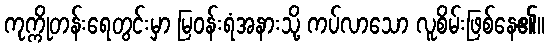
ကုက္ကိုတန်းရေတွင်းမှာ မြဝန်းရံအနားသို့ ကပ်လာသော လူစိမ်းဖြစ်နေ၏။